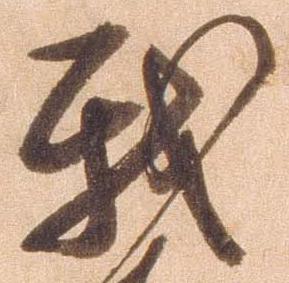
我